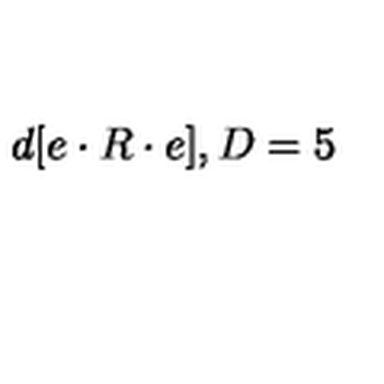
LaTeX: d [ e \cdot R \cdot e ] , D = 5